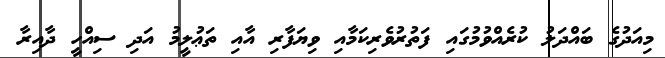
މިއަދުގެ ބައްދަލު ކުރެއްވުމުގައި ފަތުރުވެރިކަމާއި ވިޔަފާރި އާއި ތަޢުލީމު އަދި ސިއްހީ ދާއިރާ